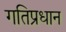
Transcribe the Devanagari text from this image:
गतिप्रधान